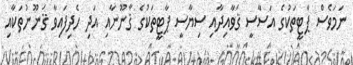
ނަމަވެސް ޕާޓީތަކުގެ އަސާސީ ޤަވާއިދާއި ސިޔާސީ ޕާޓީތަކުގެ ޤާނޫނާއި އަދި ހެދިފައިވާ ޤަނޫނުތަކާއި